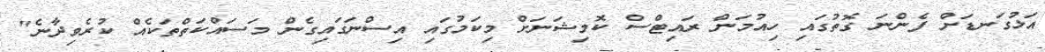
އަޅުގަނޑަށް ފެންނަ ގޮތުގައި ހިއުމަން ރައިޓްސް ކޮމިޝަނަށް މިކަމުގައި އިސްނަގައިގެން މަސައްކަތްތަކެއް ކުރެވިދާނެ"